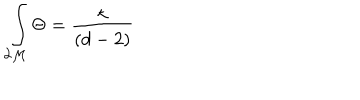
LaTeX: \int _ { \partial { \cal M } } \Theta = \frac { \kappa } { ( d - 2 ) }